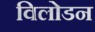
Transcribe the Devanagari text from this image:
विलोडन